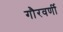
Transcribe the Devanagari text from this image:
गौरवर्णी